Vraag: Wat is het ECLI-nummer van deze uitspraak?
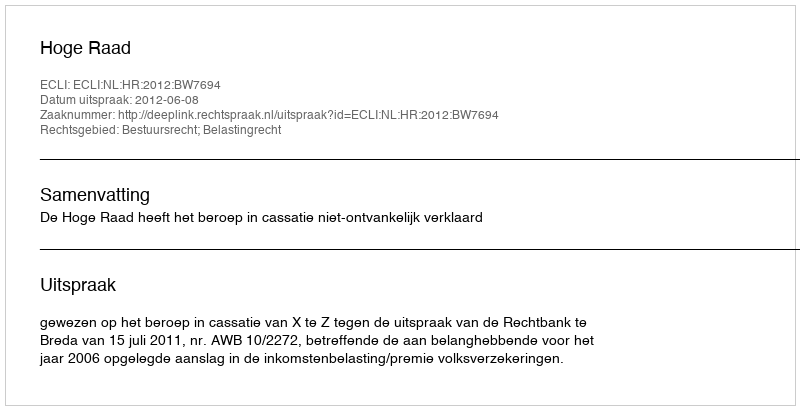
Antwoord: ECLI:NL:HR:2012:BW7694